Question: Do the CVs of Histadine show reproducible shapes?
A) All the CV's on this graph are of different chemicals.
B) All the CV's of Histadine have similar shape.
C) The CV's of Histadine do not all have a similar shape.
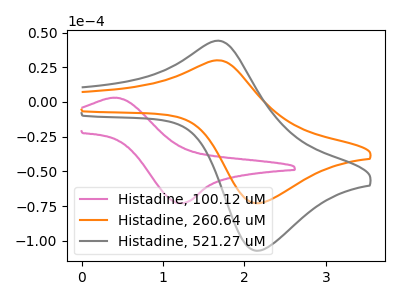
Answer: <think>The pink curve "Histadine, 100.12 uM" has an anodic peak at (0.45V, 3.05uA) and a cathodic peak at (1.20V, -73.00uA). The orange curve "Histadine, 260.64 uM" has an anodic peak at (1.65V, 30.00uA) and a cathodic peak at (2.15V, -72.95uA). The gray curve "Histadine, 521.27 uM" has an anodic peak at (1.65V, 44.10uA) and a cathodic peak at (2.15V, -107.20uA).
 "Histadine, 100.12 uM" and "Histadine, 260.64 uM" have at least one peak that do not match. "Histadine, 100.12 uM" and "Histadine, 521.27 uM" have at least one peak that do not match. All the peaks in "Histadine, 260.64 uM" have a peak in "Histadine, 521.27 uM" at the same potential. Every peak in "Histadine, 260.64 uM" is lower than every peak in "Histadine, 521.27 uM".</think>
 <answer>B) All the CV's of "Histadine" have similar shape.</answer>
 <eval>B</eval>